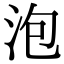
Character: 泡